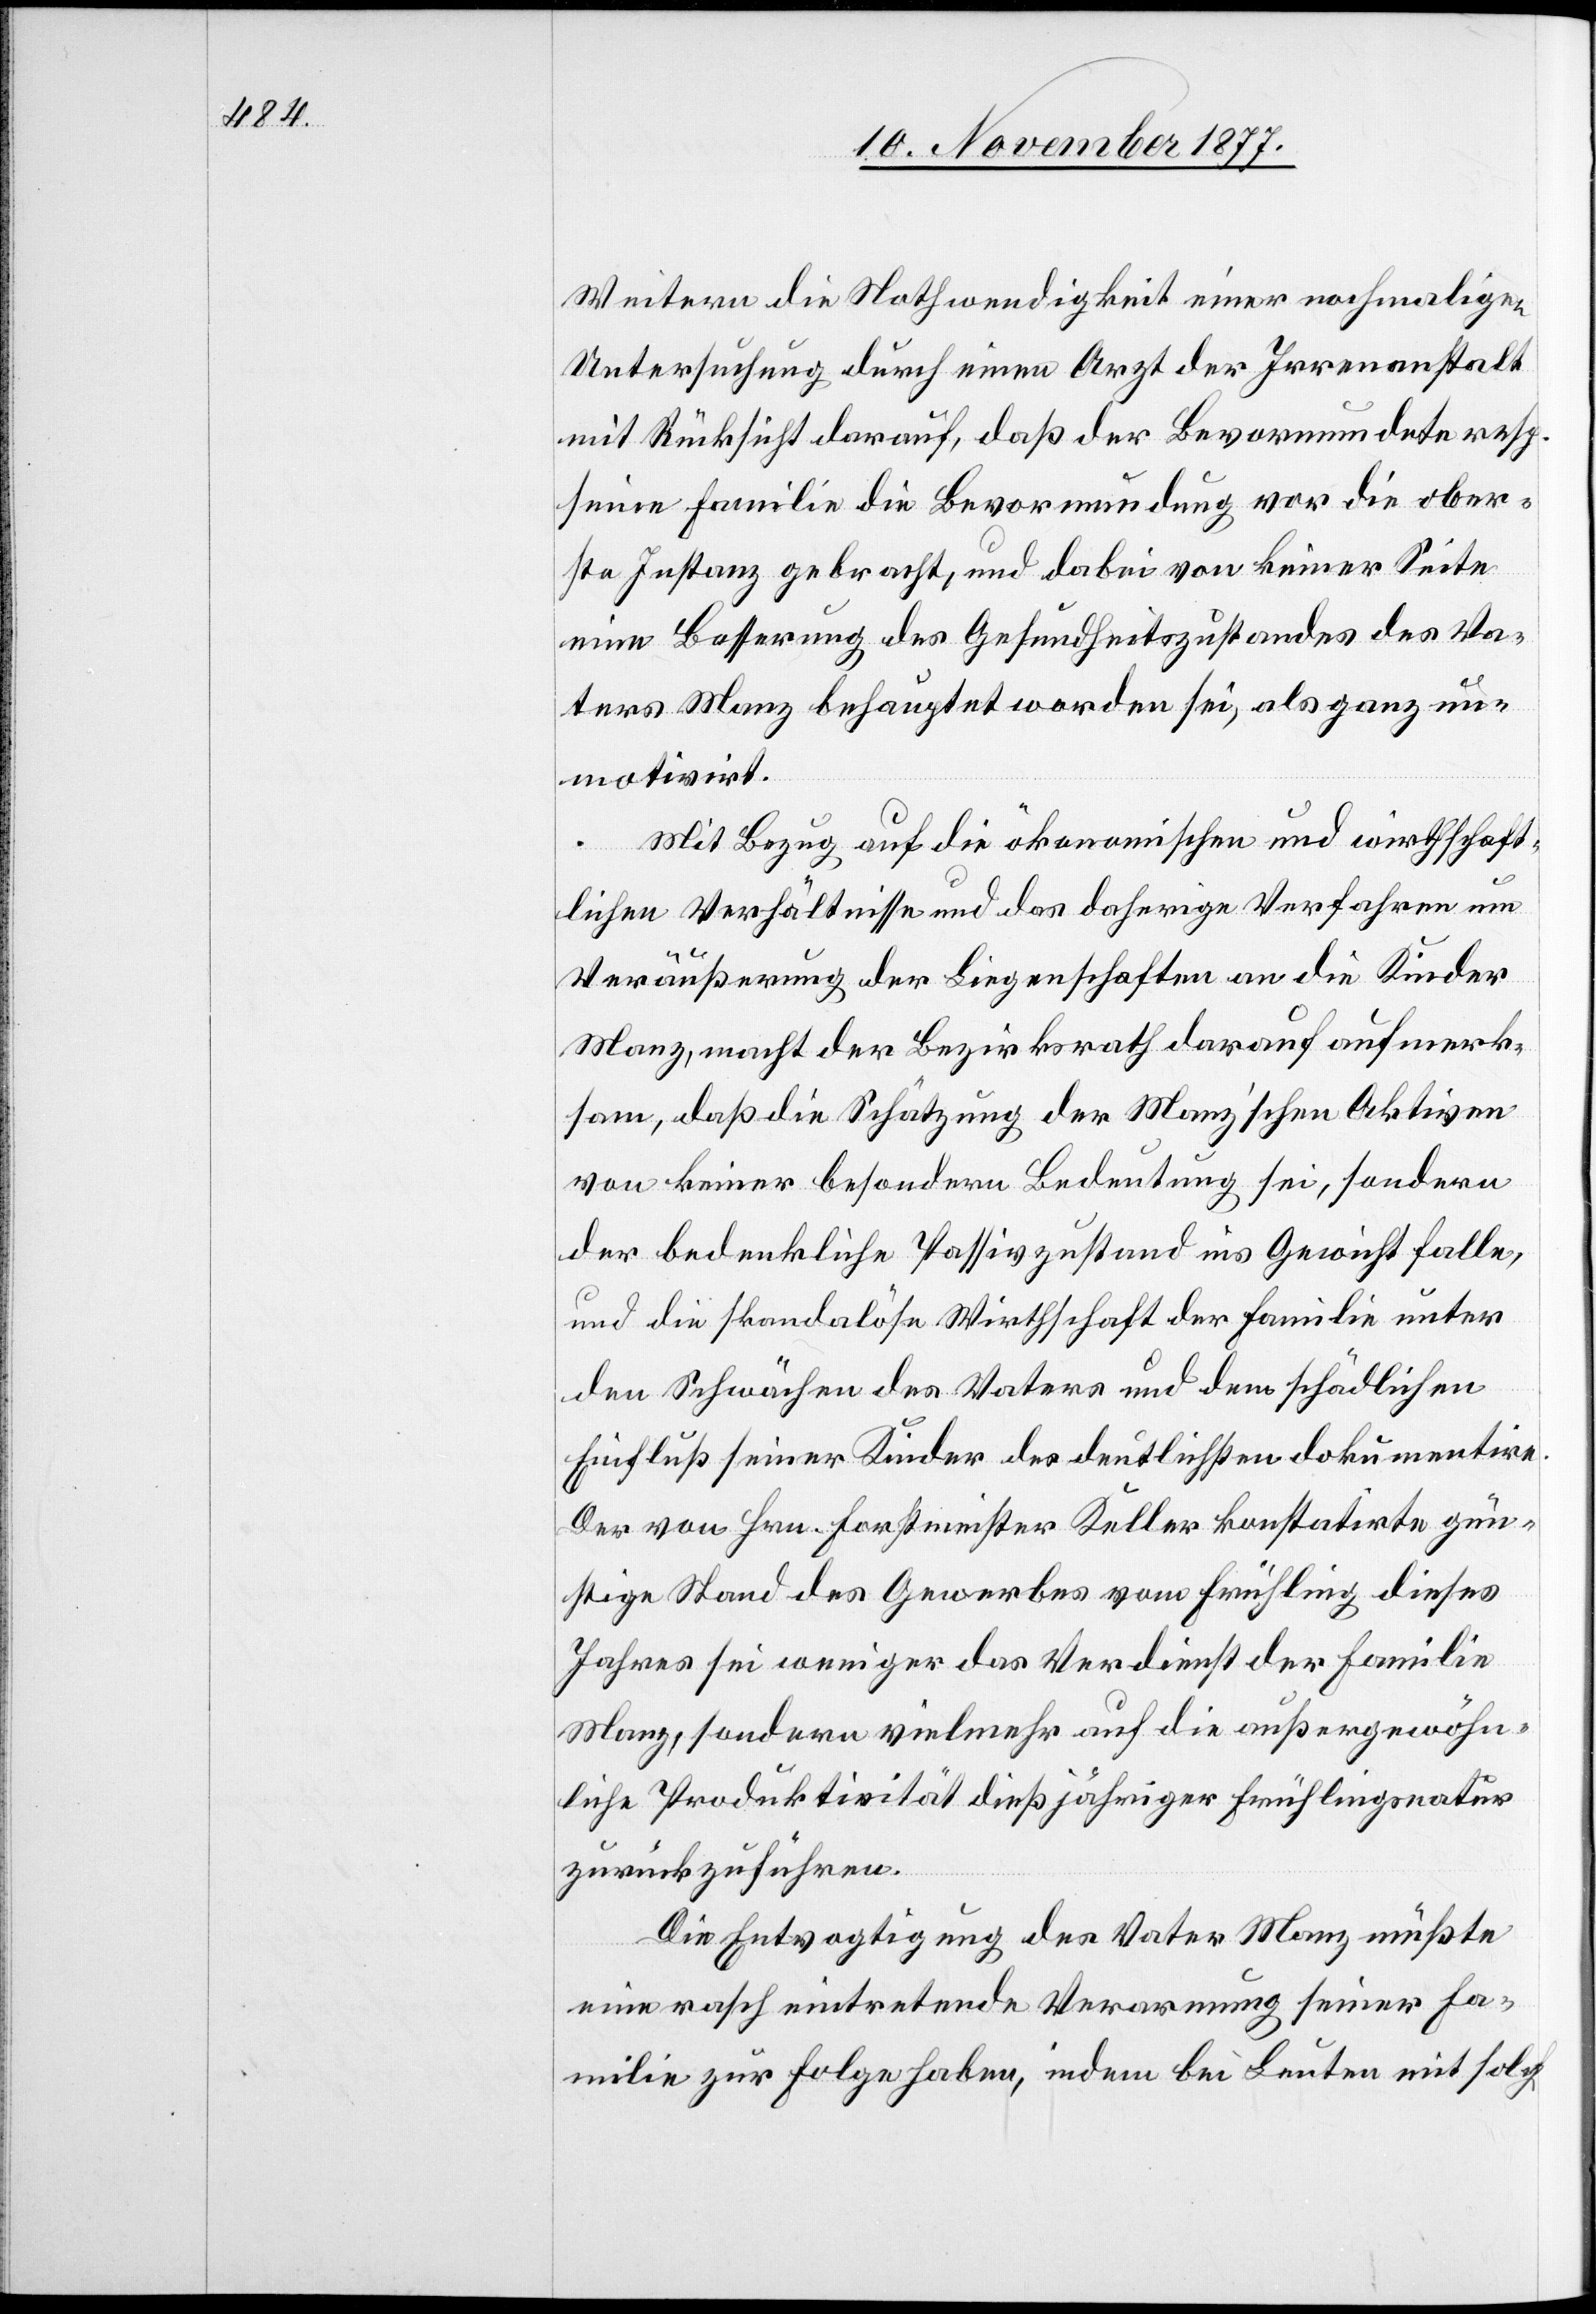
Weitern die Nothwendigkeit einer nochmaligen
Untersuchung durch einen Arzt der Irrenanstalt
mit Rücksicht darauf, daß der Bevormundete resp.
seine Familie die Bevormundung vor die ober¬
ste Instanz gebracht, und dabei von keiner Seite
eine Besserung des Gesundheitszustandes des Va¬
ters Manz behauptet worden sei, als ganz un¬
motivirt.
Mit Bezug auf die ökonomischen und wirthschaft¬
lichen Verhältnisse und das daherige Verfahren um
Veräußerung der Liegenschaften an die Kinder
Manz, macht der Bezirksrath darauf aufmerk¬
sam, daß die Schätzung der Manz’schen Aktiven
von keiner besondern Bedeutung sei, sondern
der bedenkliche Passivzustand ins Gewicht falle,
und die skandalöse Wirthschaft der Familie unter
den Schwächen des Vaters und dem schädlichen
Einfluß seiner Kinder des deutlichsten dokumentire.
Der von Hrn. Forstmeister Keller konstatirte gün¬
stige Stand des Gewerbes vom Frühling dieses
Jahres sei weniger das Verdienst der Familie
Manz, sondern vielmehr auf die außergewöhn¬
liche Produktivität dießjähriger Frühlingsnatur
zurückzuführen.
Die Entvogtigung des Vater Manz müßte
eine rasch eintretende Verarmung seiner Fa¬
milie zur Folge haben, indem bei Leuten mit solch